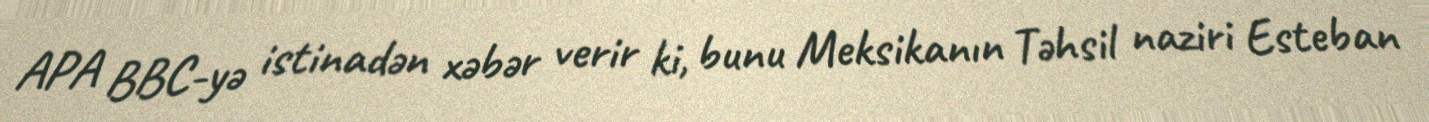
APA BBC-yə istinadən xəbər verir ki, bunu Meksikanın Təhsil naziri Esteban